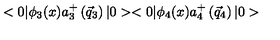
< 0 | { \phi } _ { 3 } ( x ) a _ { 3 } ^ { + } \left( { \vec { q } } _ { 3 } \right) | 0 > < 0 | { \phi } _ { 4 } ( x ) a _ { 4 } ^ { + } \left( { \vec { q } } _ { 4 } \right) | 0 >